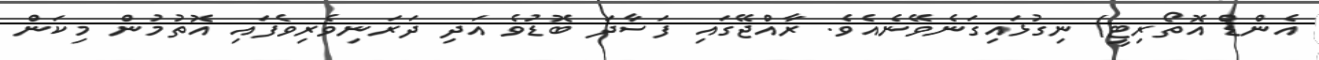
އެންޑް އޮތޯރިޓީ) ނިގުޅައިގަނެވޭނެއެވެ. ރާއްޖޭގައި ފަސާދަ ބޮޑުވެ އަދި ދަރަނިވެރިވެފައި އޮތުމުން މިކަން